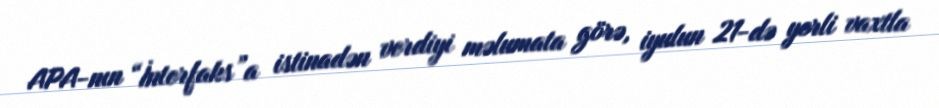
APA-nın “İnterfaks”a istinadən verdiyi məlumata görə, iyulun 21-də yerli vaxtla